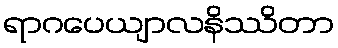
ရာဂပေယျာလနိဿိတာ